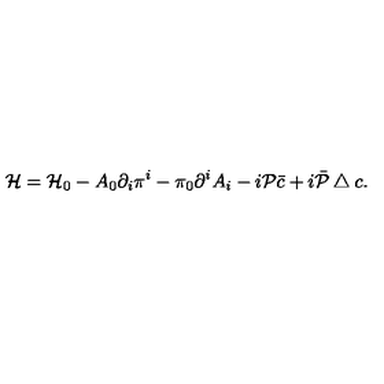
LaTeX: { \cal H } = { \cal H } _ { 0 } - A _ { 0 } \partial _ { i } \pi ^ { i } - \pi _ { 0 } \partial ^ { i } A _ { i } - i { \cal P } \bar { c } + i \bar { \cal P } \bigtriangleup c .